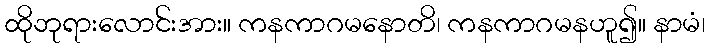
ထိုဘုရားလောင်းအား။ ကနကာဂမနောတိ၊ ကနကာဂမနဟူ၍။ နာမံ၊